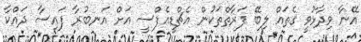
އޭނާ ވިދާޅުވީ ގެތައް ލިބޭ ފަރާތްތަކުން އެޗްޑީއެފްސީ އަށް އަނބުރާ ފައިސާ ދައްކާ